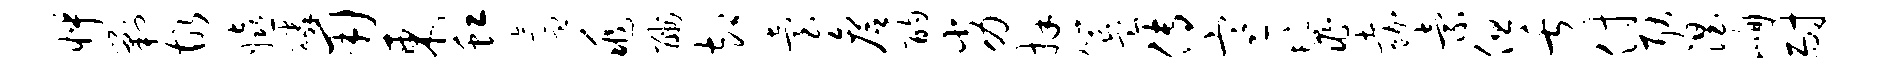
怦剿故嬉磷用东虹氲兆酬却台詹酌劣拜簋传寒鬣嘉索但舌付耿涅峋耐